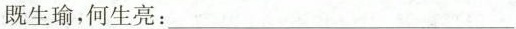
既生瑜，何生亮：___